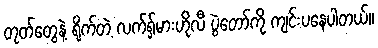
တုတ်တွေနဲ့ ရိုက်တဲ့ လက်ရှ်မားဟိုလီ ပွဲတော်ကို ကျင်းပနေပါတယ်။